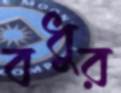
বধুর